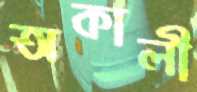
অকালী